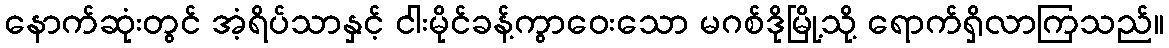
နောက်ဆုံးတွင် အံ့ရိပ်သာနှင့် ငါးမိုင်ခန့်ကွာဝေးသော မဂစ်ဒိုမြို့သို့ ရောက်ရှိလာကြသည်။